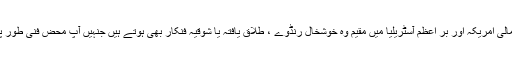
ان میں یورپ ، شمالی امریکہ اور بر اعظم آسٹریلیا میں مقیم وہ خوشخال رنڈوے ، طلاق یافتہ یا شوقیہ فنکار بھی ہوتے ہیں جنہیں آپ محض فنی طور پہ لڑکا کہیں گے ۔